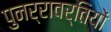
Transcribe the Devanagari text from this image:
पुनर्रावर्तियों